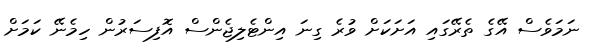
ނަމަވެސް އޭގެ ތެރޭގައި އަށަކަށް ވުރެ ގިނަ އިންޓެލިޖެންސް އޮފިސަރުން ހިމެނޭ ކަމަށް